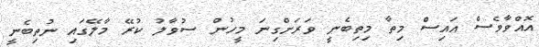
އޮއްވާވެސް އައިސް މިތާ މިތިބެނީ ވަރަށްގިނަ މީހުން ސުވާލު ކުރޭ މާލޭގައި ނުތިބެނީ